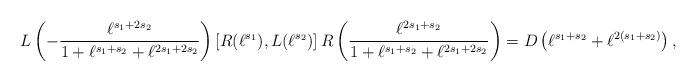
LaTeX: \begin{align*}L\left( - \frac{\ell^{s_1 + 2 s_2}}{1 + \ell^{s_1 + s_2} + \ell^{2 s_1 + 2 s_2}} \right) \left[ R(\ell^{s_1}), L(\ell^{s_2}) \right] R\left( \frac{\ell^{2 s_1+s_2}}{1+\ell^{s_1+s_2}+\ell^{2 s_1+2 s_2}} \right) = D\left(\ell^{s_1+s_2}+\ell^{2(s_1+s_2)}\right),\end{align*}